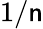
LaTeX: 1/\mathsf{n}